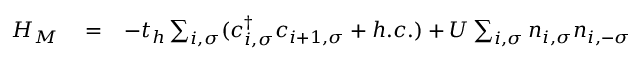
\begin{array} { r l r } { { \cal H } _ { M } } & { { } = } & { - t _ { h } \sum _ { i , \sigma } ( c _ { i , \sigma } ^ { \dagger } c _ { i + 1 , \sigma } + h . c . ) + U \sum _ { i , \sigma } n _ { i , \sigma } n _ { i , - \sigma } } \end{array}